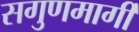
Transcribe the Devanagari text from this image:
सगुणमार्गी